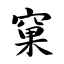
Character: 窠